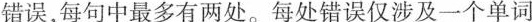
错误,每句中最多有两处.每处错误仅涉及一个单词